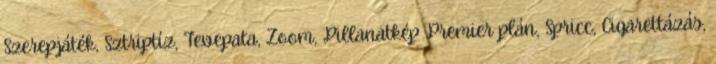
Szerepjáték, Sztriptíz, Tevepata, Zoom, Pillanatkép Premier plán, Spricc, Cigarettázás,